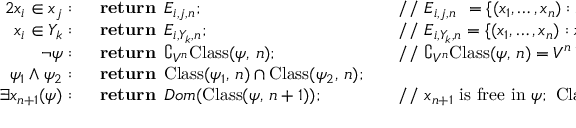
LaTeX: \begin{array} { r l r l } { { 2 } x _ { i } \in x _ { j } : \; \; } & { { } \mathbf { r e t u r n } \; \, E _ { i , j , n } ; } & { } & { { } { \mathrm { / / ~ } } E _ { i , j , n } \; \, = \{ ( x _ { 1 } , \dots , x _ { n } ) : x _ { i } \in x _ { j } \} } \\ { x _ { i } \in Y _ { k } : \; \; } & { { } \mathbf { r e t u r n } \; \, E _ { i , Y _ { k } , n } ; } & { } & { { } { \mathrm { / / ~ } } E _ { i , Y _ { k } , n } = \{ ( x _ { 1 } , \dots , x _ { n } ) : x _ { i } \in Y _ { k } \} } \\ { \neg \psi : \; \; } & { { } \mathbf { r e t u r n } \; \, \complement _ { V ^ { n } } { \mathrm { C l a s s } } ( \psi , \, n ) ; } & { } & { { } { \mathrm { / / ~ } } \complement _ { V ^ { n } } { \mathrm { C l a s s } } ( \psi , \, n ) = V ^ { n } \setminus { \mathrm { C l a s s } } ( \psi , \, n ) } \\ { \psi _ { 1 } \land \psi _ { 2 } : \; \; } & { { } \mathbf { r e t u r n } \; \, { \mathrm { C l a s s } } ( \psi _ { 1 } , \, n ) \cap { \mathrm { C l a s s } } ( \psi _ { 2 } , \, n ) ; } & { } & { { } } \\ { \; \; \; \; \, \exists x _ { n + 1 } ( \psi ) : \; \; } & { { } \mathbf { r e t u r n } \; \, D o m ( { \mathrm { C l a s s } } ( \psi , \, n + 1 ) ) ; } & { } & { { } { \mathrm { / / ~ } } x _ { n + 1 } { \mathrm { ~ i s ~ f r e e ~ i n ~ } } \psi ; { \mathrm { ~ C l a s s } } ( \psi , \, n + 1 ) } \end{array}